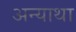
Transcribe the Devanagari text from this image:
अन्याथा